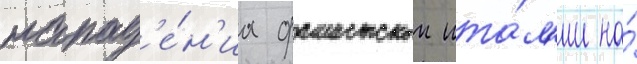
напад'е́н'иа фашистскои ита́л'ии на́